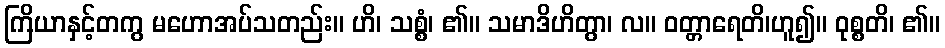
ကြိယာနှင့်တကွ မဟောအပ်သတည်း။ ဟိ၊ သစ္စံ၊ ၏။ သမာဒိဟိတွာ၊ လ။ ဝတ္တာရေတိ၊ဟူ၍။ ဝုစ္စတိ၊ ၏။